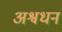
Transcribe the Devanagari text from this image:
अश्वधन